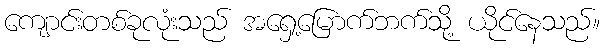
ကျောင်းတစ်ခုလုံးသည် အရှေ့မြောက်ဘက်သို့ ယိုင်နေသည်။